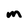
Character: m